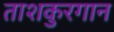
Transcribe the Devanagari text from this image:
ताशकुरगान